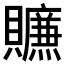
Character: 𰷛